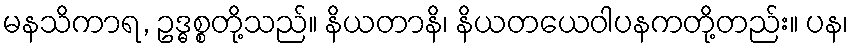
မနသိကာရ, ဥဒ္ဓစ္စတို့သည်။ နိယတာနိ၊ နိယတယေဝါပနကတို့တည်း။ ပန၊